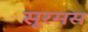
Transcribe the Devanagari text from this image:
सूरमस